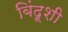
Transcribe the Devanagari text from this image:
बिंदूशी